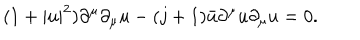
( 1 + | u | ^ { 2 } ) \partial ^ { \mu } \partial _ { \mu } u - ( j + 1 ) \bar { u } \partial ^ { \mu } u \partial _ { \mu } u = 0 .